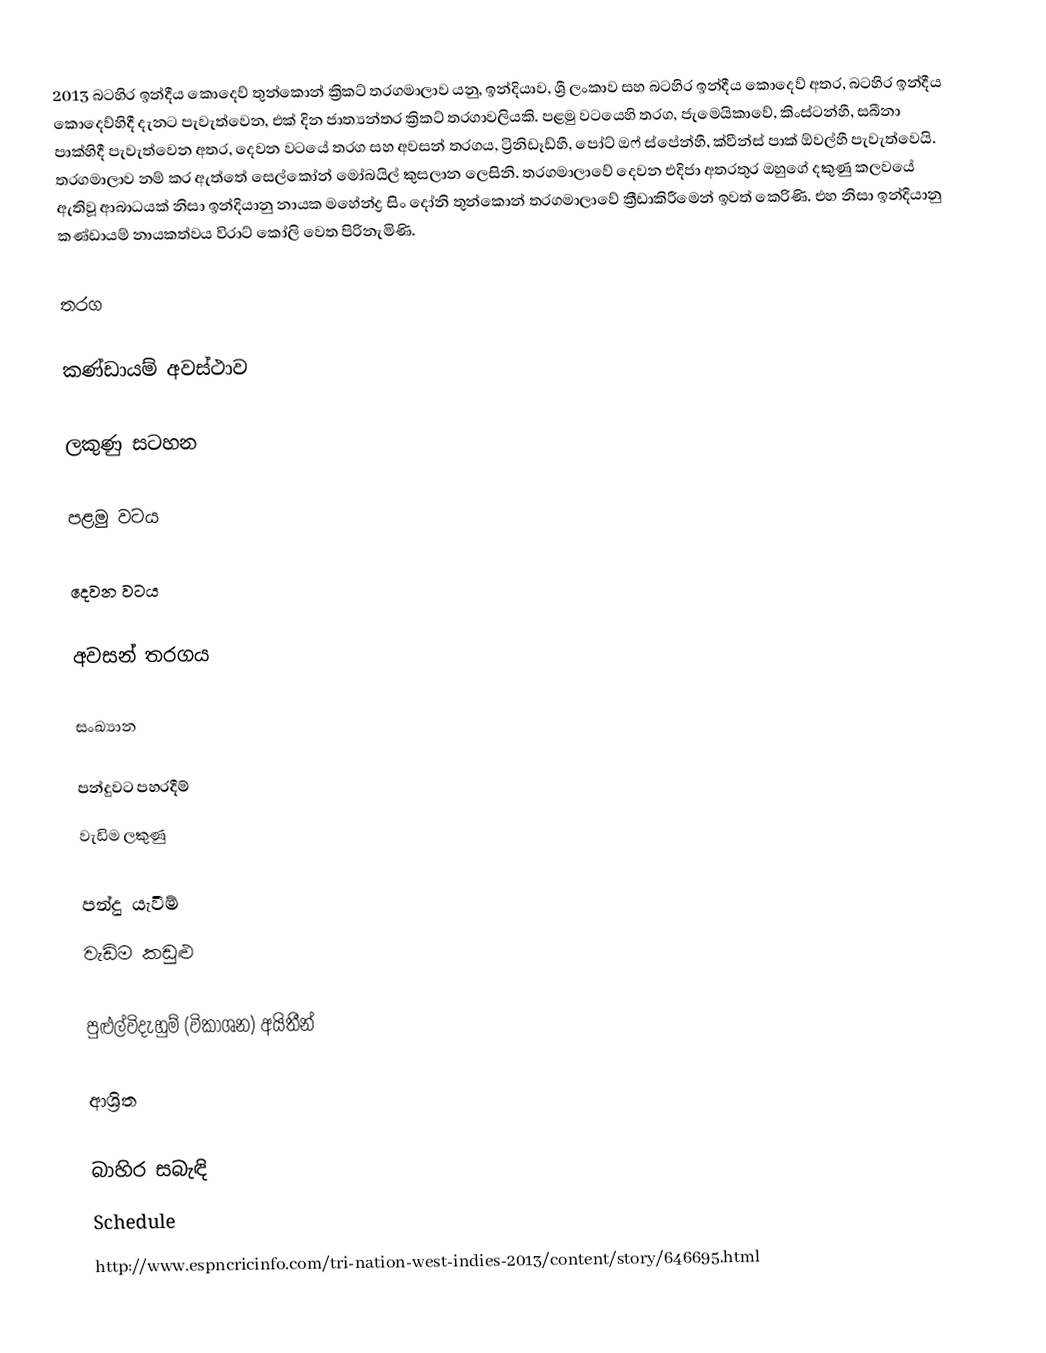
2013 බටහිර ඉන්දීය කොදෙව් තුන්කොන් ක්‍රිකට් තරගමාලාව යනු, ඉන්දියාව, ශ්‍රී ලංකාව සහ බටහිර ඉන්දීය කොදෙව් අතර, බටහිර ඉන්දීය කොදෙව්හිදී දැනට  පැවැත්වෙන,  එක් දින ජාත්‍යන්තර  ක්‍රිකට් තරගාවලියකි. පළමු වටයෙහි තරග,  ජැමෙයිකාවේ,  කිංස්ටන්හී, සබීනා පාක්හිදී පැවැත්වෙන අතර, දෙවන වටයේ තරග සහ අවසන් තරගය, ට්‍රිනිඩෑඩ්හී,  පෝට් ඔෆ් ස්පේන්හී, ක්වීන්ස් පාක් ඕවල්හී පැවැත්වෙයි. තරගමාලාව නම් කර ඇත්තේ සෙල්කෝන් මෝබයිල් කුසලාන ලෙසිනි. තරගමාලාවේ දෙවන එදිජා අතරතුර ඔහුගේ දකුණු කලවයේ ඇතිවූ ආබාධයක් නිසා ඉන්දියානු නායක මහේන්ද්‍ර සිං දෝනි තුන්කොන් තරගමාලාවේ ක්‍රීඩාකිරීමෙන් ඉවත් කෙරිණි. එහ නිසා ඉන්දියානු කණ්ඩායම් නායකත්වය විරාට් කෝලි වෙත පිරිනැමිණි.

තරග

කණ්ඩායම් අවස්ථාව

ලකුණු සටහන

පළමු වටය

දෙවන වටය

අවසන් තරගය

සංඛ්‍යාන

පන්දුවට පහරදීම්
වැඩිම ලකුණු

පන්දු යැවීම්
වැඩිම කඩුළු

පුළුල්විදැහුම් (විකාශන) අයිතීන්

ආශ්‍රිත

බාහිර සබැඳි
 Schedule
 http://www.espncricinfo.com/tri-nation-west-indies-2013/content/story/646695.html